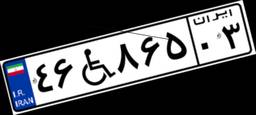
۴۶W۸۶۵۰۳